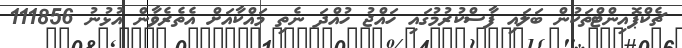
ޗެކްޕޮއިންޓްތަކުން ބަލައި ފާސްކުރުމުގައި ހައްޖު ހުއްދަ ނެތި މައްކާއަށް އެތެރެވާން އުޅުނު 111856